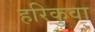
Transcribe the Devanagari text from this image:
हरिकुवा